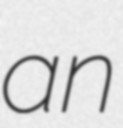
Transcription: an